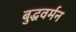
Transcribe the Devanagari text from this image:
बुद्धवर्मन